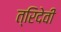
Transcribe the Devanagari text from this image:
त्रिदेवी